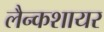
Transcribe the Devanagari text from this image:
लैन्कशायर